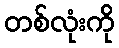
တစ်လုံးကို